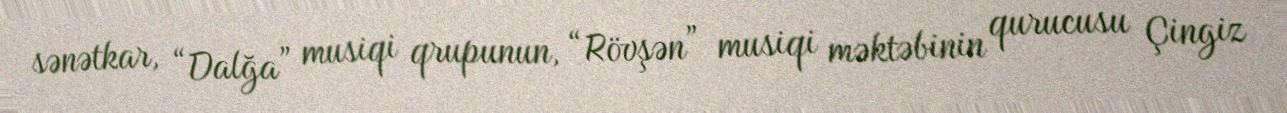
sənətkar, “Dalğa” musiqi qrupunun, “Rövşən” musiqi məktəbinin qurucusu Çingiz